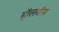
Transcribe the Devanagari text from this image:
हॉलबॉम